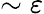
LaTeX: \sim\varepsilon